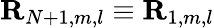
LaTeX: {\mathbf R}_{N+1,m,l}\equiv{\mathbf R}_{1,m,l}